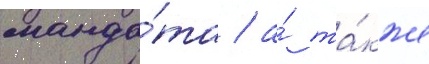
манда́та / а́ та́кже